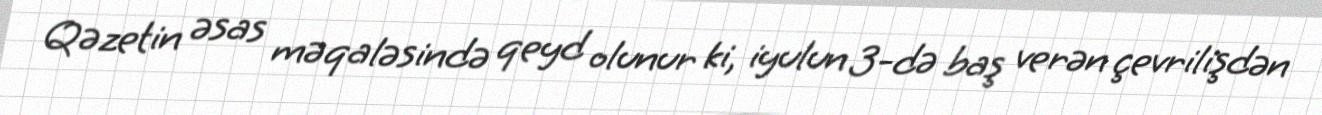
Qəzetin əsas məqaləsində qeyd olunur ki, iyulun 3-də baş verən çevrilişdən